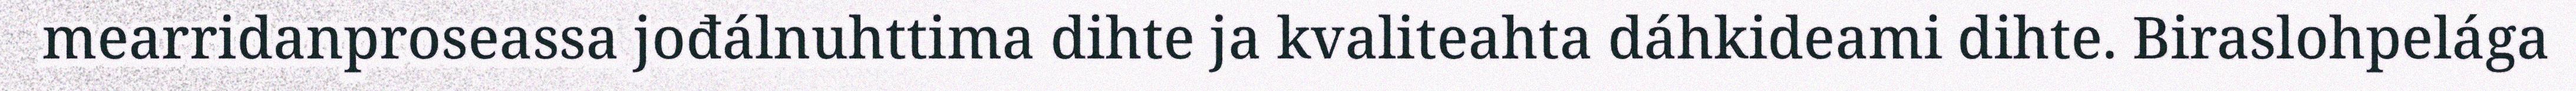
mearridanproseassa jođálnuhttima dihte ja kvaliteahta dáhkideami dihte. Biraslohpelága